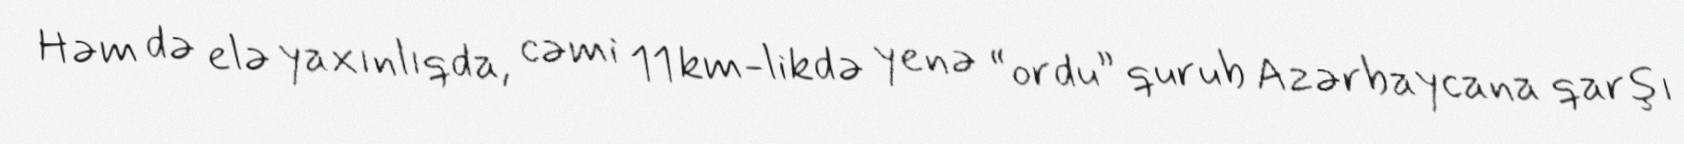
Həm də elə yaxınlıqda, cəmi 11 km-likdə yenə “ordu” qurub Azərbaycana qarşı